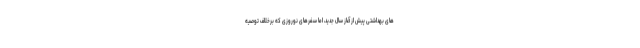
های بهداشتی پیش از آغاز سال جدید، اما سفرهای نوروزی که برخلاف توصیه